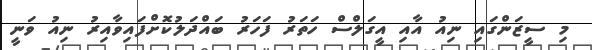
މި ސީޒަންގައި ނިއު އާއި އީގަލްސް ހަތަރު ފަހަރު ބައްދަލުކޮށްފައިވާއިރު ނިއު ވަނީ